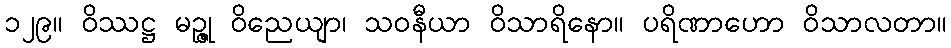
၁၂၉။ ဝိဿဋ္ဌ မဉ္ဇု ဝိညေယျာ၊ သဝနီယာ ဝိသာရိနော။ ပရိဏာဟော ဝိသာလတာ။